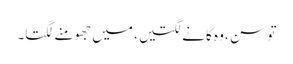
تو سن ، وہ گانے لگتیں، میں جھومنے لگتا۔